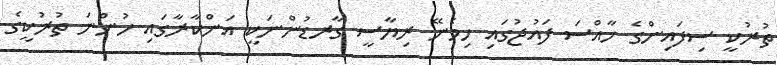
ތުރުކީ ސިފައިންގެ ޚާއްސަ ފައުޖުގައި ހިމެނޭ ރިޔާސީ ގާރޑުންނަކީ އަންކާރާގައި ހުންނަ ތުރުކީގެ